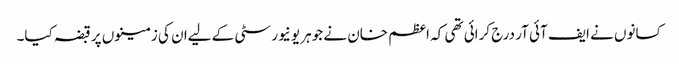
کسانوں نے ایف آئی آر درج کرائی تھی کہ اعظم خان نے جوہر یونیورسٹی کے لیےان کی زمینوں پر قبضہ کیا۔